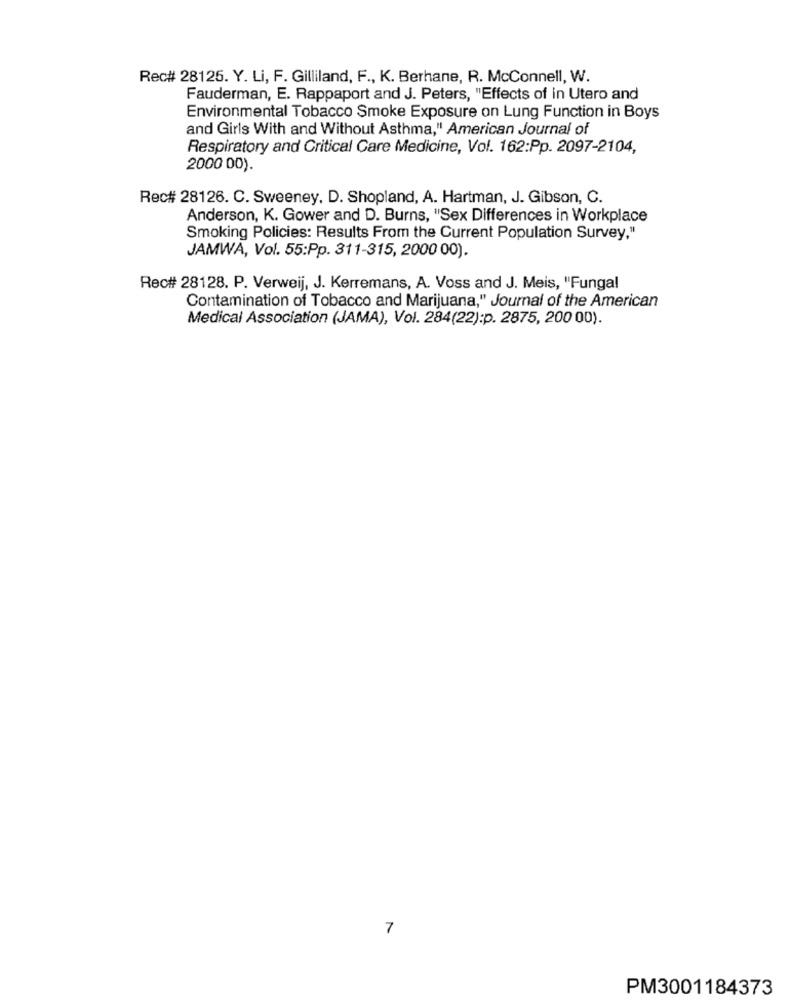
Rec# 28125. Y. Li, F. Gilliland, F ., K. Berhane, R. McConnell, W.
Fauderman, E. Rappaport and J. Peters, "Effects of in Utero and
Environmental Tobacco Smoke Exposure on Lung Function in Boys
and Girls With and Without Asthma," American Journal of
Respiratory and Critical Care Medicine, Vol. 162:Pp. 2097-2104,
2000 00).
Rec# 28126. C. Sweeney, D. Shopland, A. Hartman, J. Gibson, C.
Anderson, K. Gower and D. Burns, "Sex Differences in Workplace
Smoking Policies: Results From the Current Population Survey,"
JAMWA, Vol. 55:Pp. 311-315, 2000 00).
Rec# 28128. P. Verweij, J. Kerremans, A. Voss and J. Meis, "Fungal
Contamination of Tobacco and Marijuana," Journal of the American
Medical Association (JAMA), Vol. 284(22):p. 2875, 200 00).
7
PM3001184373